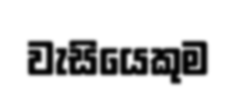
වැසියෙකුම